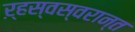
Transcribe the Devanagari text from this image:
ऱ्हस्वस्वरान्त